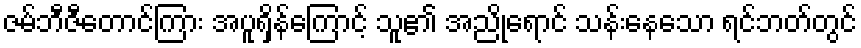
ဇမ်ဘီဇီတောင်ကြား အပူရှိန်ကြောင့် သူ၏ အညိုရောင် သန်းနေသော ရင်ဘတ်တွင်